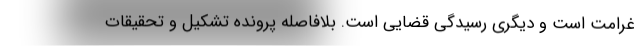
غرامت است و دیگری رسیدگی قضایی است. بلافاصله پرونده تشکیل و تحقیقات